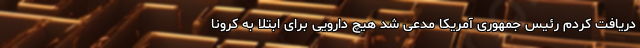
دریافت کردم رئیس جمهوری آمریکا مدعی شد هیچ دارویی برای ابتلا به کرونا